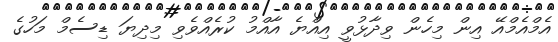
އެމްއެމްއޭ އިން މިހެން ވިދާޅުވީ އިއްޔެ އާއްމު ކުރެއްވެވި މިދިޔަ ޑިސެމް މަހުގެ